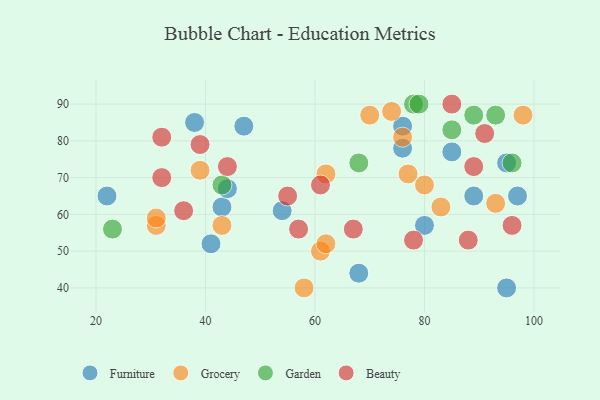
{"axis": {"x": "GDP", "y": "Life Expectancy"}, "legend": ["Beauty", "Furniture", "Garden", "Grocery"], "data": [{"x": "47", "y": 84, "type": "Furniture"}, {"x": "76", "y": 84, "type": "Furniture"}, {"x": "38", "y": 85, "type": "Furniture"}, {"x": "97", "y": 65, "type": "Furniture"}, {"x": "54", "y": 61, "type": "Furniture"}, {"x": "95", "y": 74, "type": "Furniture"}, {"x": "41", "y": 52, "type": "Furniture"}, {"x": "76", "y": 78, "type": "Furniture"}, {"x": "95", "y": 40, "type": "Furniture"}, {"x": "43", "y": 62, "type": "Furniture"}, {"x": "80", "y": 57, "type": "Furniture"}, {"x": "22", "y": 65, "type": "Furniture"}, {"x": "89", "y": 65, "type": "Furniture"}, {"x": "85", "y": 77, "type": "Furniture"}, {"x": "68", "y": 44, "type": "Furniture"}, {"x": "44", "y": 67, "type": "Furniture"}, {"x": "43", "y": 57, "type": "Grocery"}, {"x": "31", "y": 57, "type": "Grocery"}, {"x": "77", "y": 71, "type": "Grocery"}, {"x": "80", "y": 68, "type": "Grocery"}, {"x": "31", "y": 59, "type": "Grocery"}, {"x": "74", "y": 88, "type": "Grocery"}, {"x": "76", "y": 81, "type": "Grocery"}, {"x": "39", "y": 72, "type": "Grocery"}, {"x": "98", "y": 87, "type": "Grocery"}, {"x": "58", "y": 40, "type": "Grocery"}, {"x": "83", "y": 62, "type": "Grocery"}, {"x": "70", "y": 87, "type": "Grocery"}, {"x": "61", "y": 50, "type": "Grocery"}, {"x": "93", "y": 63, "type": "Grocery"}, {"x": "62", "y": 71, "type": "Grocery"}, {"x": "62", "y": 52, "type": "Grocery"}, {"x": "96", "y": 74, "type": "Garden"}, {"x": "23", "y": 56, "type": "Garden"}, {"x": "78", "y": 90, "type": "Garden"}, {"x": "93", "y": 87, "type": "Garden"}, {"x": "89", "y": 87, "type": "Garden"}, {"x": "68", "y": 74, "type": "Garden"}, {"x": "43", "y": 68, "type": "Garden"}, {"x": "85", "y": 83, "type": "Garden"}, {"x": "79", "y": 90, "type": "Garden"}, {"x": "91", "y": 82, "type": "Beauty"}, {"x": "44", "y": 73, "type": "Beauty"}, {"x": "61", "y": 68, "type": "Beauty"}, {"x": "36", "y": 61, "type": "Beauty"}, {"x": "85", "y": 90, "type": "Beauty"}, {"x": "88", "y": 53, "type": "Beauty"}, {"x": "67", "y": 56, "type": "Beauty"}, {"x": "96", "y": 57, "type": "Beauty"}, {"x": "57", "y": 56, "type": "Beauty"}, {"x": "78", "y": 53, "type": "Beauty"}, {"x": "55", "y": 65, "type": "Beauty"}, {"x": "89", "y": 73, "type": "Beauty"}, {"x": "32", "y": 70, "type": "Beauty"}, {"x": "39", "y": 79, "type": "Beauty"}, {"x": "32", "y": 81, "type": "Beauty"}]}